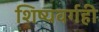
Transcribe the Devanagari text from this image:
शिष्यवर्गही